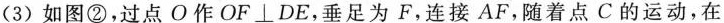
(3)如图②，过点O作OF⊥DE，垂足为F，连接AF，随着点C的运动，在